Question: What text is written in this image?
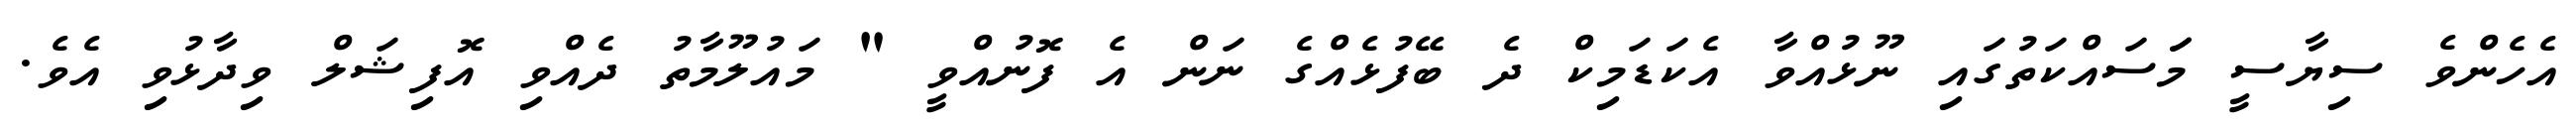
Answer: އެހެންވެ ސިޔާސީ މަަސައްކަތުގައި ނޫޅުއްވާ އެކަޑަމިކް ދެ ބޭފުޅެއްގެ ނަން އެ ފޮނުއްވީ " މައުލޫމާތު ދެއްވި އޮފިޝަލް ވިދާޅުވި އެވެ.